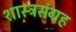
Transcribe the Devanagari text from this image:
शास्त्रसंग्रह